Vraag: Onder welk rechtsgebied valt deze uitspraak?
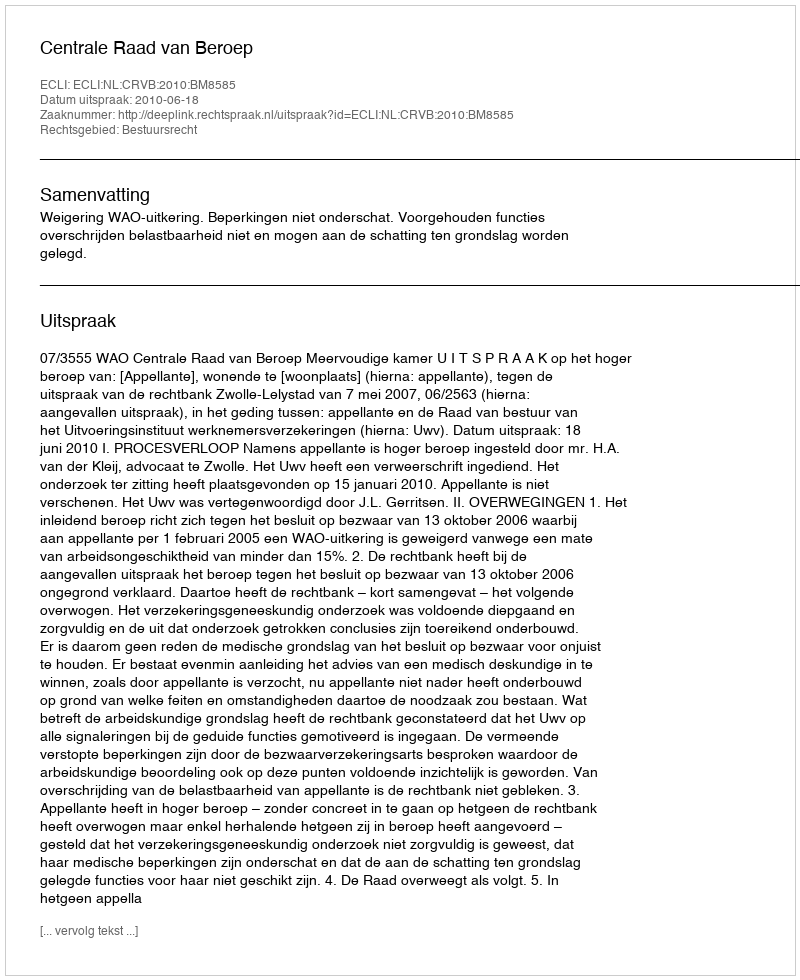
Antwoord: Bestuursrecht